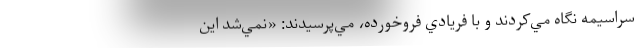
سراسيمه نگاه مي‌كردند و با فريادي فروخورده، مي‌پرسيدند: «نمي‌شد اين